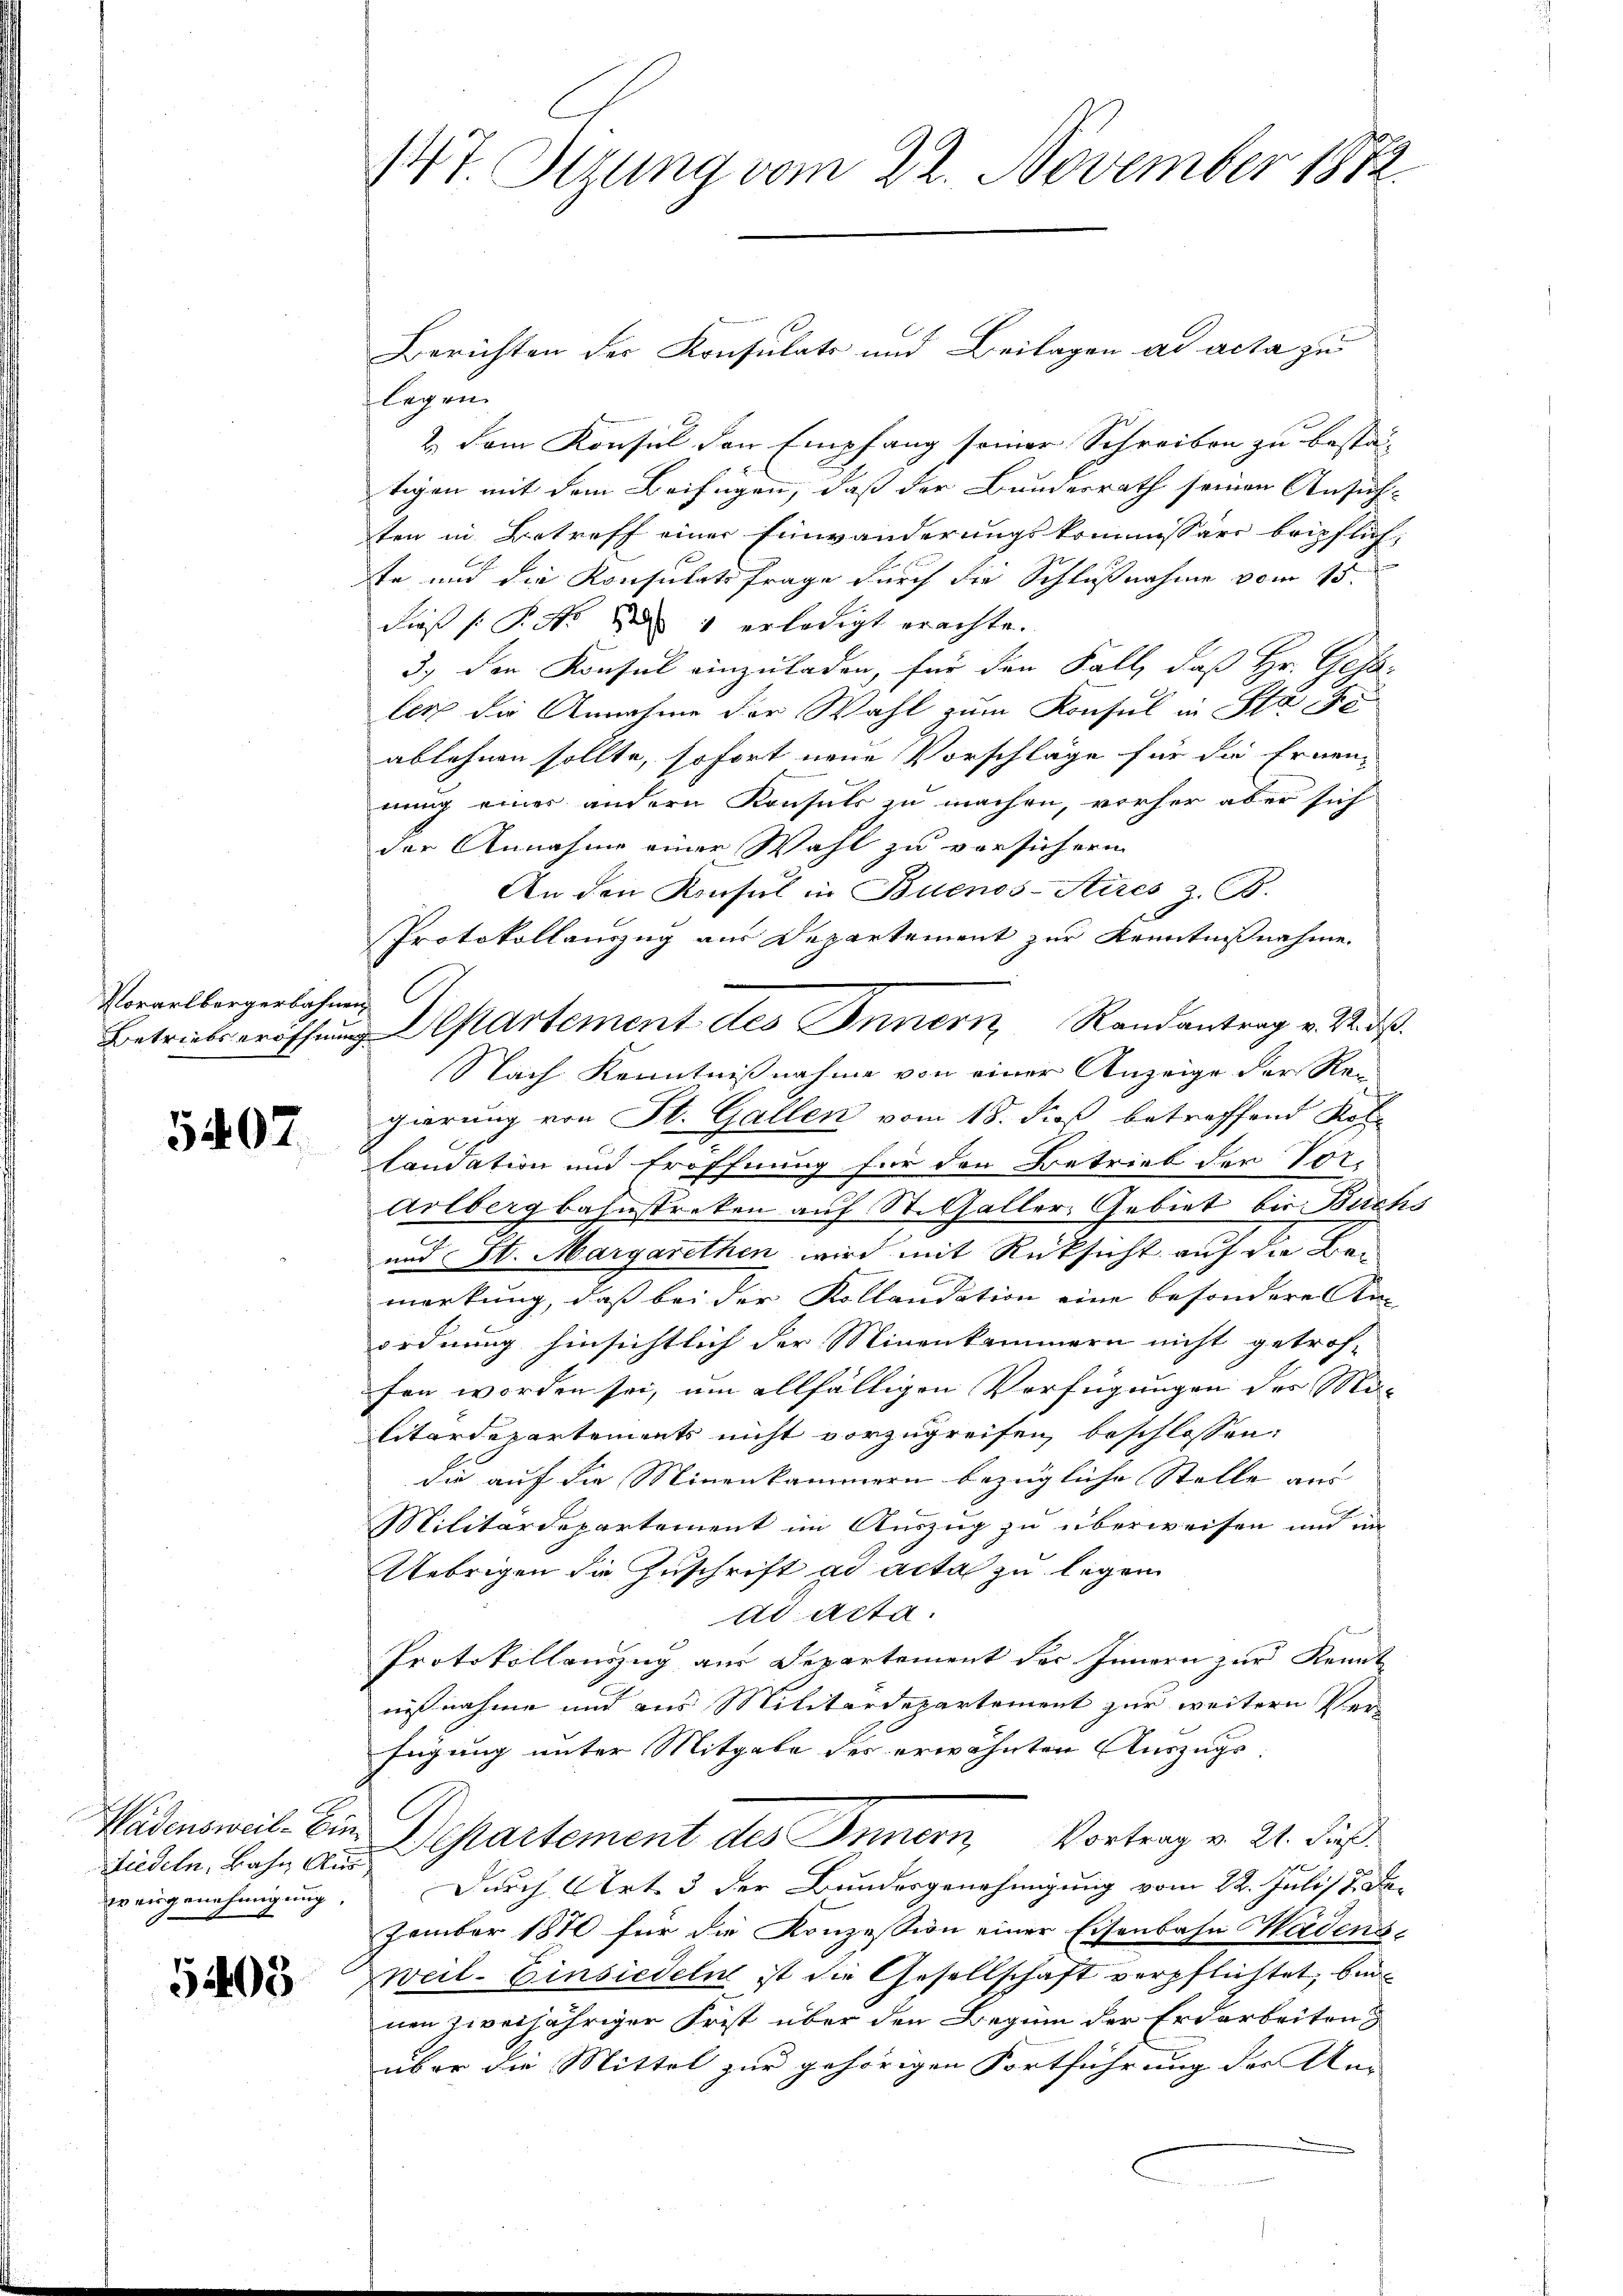
Vorarlbergerbahnen

5407

Liedeln, Bahn Aus
weigenehmigung.

5403

Berichten der Konsulats und Beilagen ad acta zu
flegen.
2.) Dem Konsul den Empfang seiner Schreiben zu besta-
tigen mit dem Beifügen, daß der Bundesrath seinen Ansichten in Betreff einer Einwanderungskommissäre beipflich,
te und die Konsulats frage durch die Schlußnahme vom 15.
dieß P. Nr. 1 erledigt erachte.
3) den Konsul einzuladen, für den Fall, daß Hr. Gesa
ler die Annahme der Wahl zum Konsul in Stade
ablehnen sollte, sofort neue Vorschläge für die Ernennung eines andern Konsuls zu machen, vorher aber sich
der Annahme einer Wahl zu vorsichern
An den Konsul in Buenos-Aires z. B.
Protokollauszug aus Departement zur Kenntnißnahme.
Nach Kenntnißnahme von einer Anzeige der Regierung von St. Gallen vom 18. dieß betreffend Kol
laudation und Eröffnung für den Betrieb der Vor-
Arlbergbahnstreten auf St. Galler-Gebiet bis Buchs
und St. Margarethen wird mit Rücksicht auf die Bei
merkung, daß bei der Kollaudation eine besondere An-
ordnung hinsichtlich der Minenkammern nicht getrof-
fen worden sei, um allfälligen Verfügungen der Ma-
litärdepartements nicht vorzugreifen beschlossen:
die auf die Minenkammern bezügliche Stelle aus
Militärdepartement im Auszug zu überweisen und im
Uebrigen die Zuschrift ad acta zu legen
ad acta.
Protokollauszug aus Departement des Innern zur Kennt
ausnahme und aus Militärdepartement zur weitern Ver-
fügung unter Mitgabe der erwähnten Auszugs¬
Wädensweil bin Departement des Innern, Vortrag v. 21. dieß
Durch Art. 3 der Bundesgenehmigung vom 22. Juli 2 Dezember 1810 für die Konzession einer Eisenbahn Wädens-
Weil-Einsiedeln ist die Gesellschaft verpflichtet, bin
nen zweijähriger Frist über den Beginn der Erdarbeiten
über die Mittel zur gehörigen Fortführung der An-

147. Setzung vom 22. November 1882

Betriebseröffnung Departement des Innern Randantrag v. Vids.